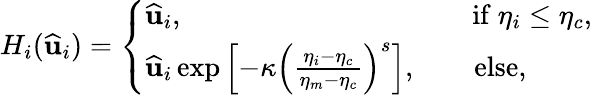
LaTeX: H_{i}(\widehat{\mathbf{u}}_{i})=\left\{ \begin{array}{ll}{\widehat{\mathbf{u}}_{i},\quad\quad\quad\quad\quad\quad\quad\quad\quad\quad\, \mathrm{if}\ \eta_{i}\leq\eta_{c},}\\ {\widehat{\mathbf{u}}_{i}\exp\left[-\kappa\left(\frac{\eta_{i}-\eta_{c}}{\eta_{m}-\eta_{c}}\right)^{s}\right],\quad\quad\mathrm{else},}\end{array}\right.